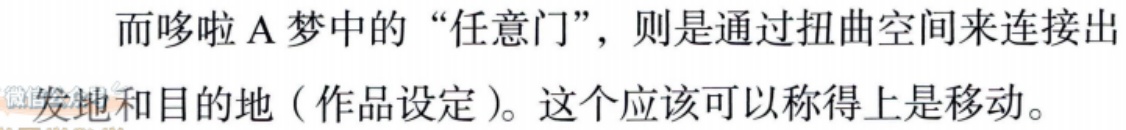
而哆啦A梦中的“任意门”，则是通过扭曲空间来连接出

发地和目的地（作品设定）。这个应该可以称得上是移动。